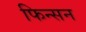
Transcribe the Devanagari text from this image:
फिन्सन